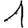
Digit: 1